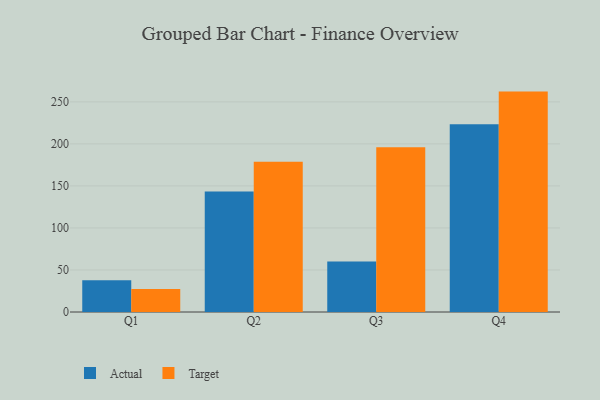
{"axis": {"x": "Quarter", "y": "Energy Usage (MWh)"}, "legend": ["Actual", "Target"], "data": [{"x": "Q1", "y": 37.7, "type": "Actual"}, {"x": "Q1", "y": 27.3, "type": "Target"}, {"x": "Q2", "y": 143.3, "type": "Actual"}, {"x": "Q2", "y": 178.7, "type": "Target"}, {"x": "Q3", "y": 60.1, "type": "Actual"}, {"x": "Q3", "y": 196.0, "type": "Target"}, {"x": "Q4", "y": 223.5, "type": "Actual"}, {"x": "Q4", "y": 262.2, "type": "Target"}]}